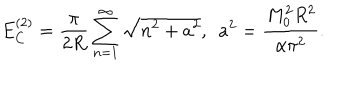
E _ { C } ^ { ( 2 ) } = \frac { \pi } { 2 R } \sum _ { n = 1 } ^ { \infty } \sqrt { n ^ { 2 } + a ^ { 2 } } , ~ ~ a ^ { 2 } = \frac { M _ { 0 } ^ { 2 } R ^ { 2 } } { \alpha \pi ^ { 2 } } .